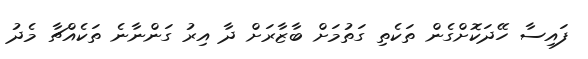
ފައިސާ ހޭދަކޮށްގެން ތަކެތި ގަތުމަށް ބާޒާރަށް ދާ އިރު ގަންނާނެ ތަކެއްޗާ މެދު